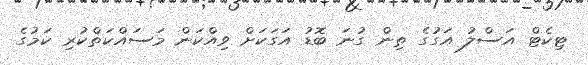
ޓިކެޓް އަސްލު އަގުގެ ތިން ގުނަ ބޮޑު އަގަކަށް ވިއްކަން މަސައްކަތްކުރި ކަމުގެ